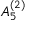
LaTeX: { A } _ { 5 } ^ { ( 2 ) }